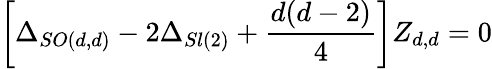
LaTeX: \left[\Delta_{SO(d,d)}-2\Delta_{Sl(2)}+\frac{d(d-2)}{4}\right]Z_{d,d}=0